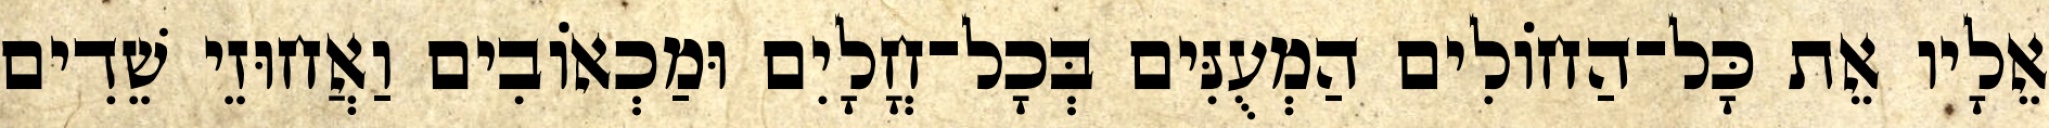
אֵלָיו אֵת כָּל־הַחוֹלִים הַמְעֻנִּים בְּכָל־חֳלָיִם וּמַכְאוֹבִים וַאֲחוּזֵי שֵׁדִים